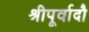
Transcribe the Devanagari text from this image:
श्रीपूर्वादौ